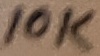
Text: 10K